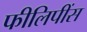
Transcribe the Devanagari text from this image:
फीलिपींस